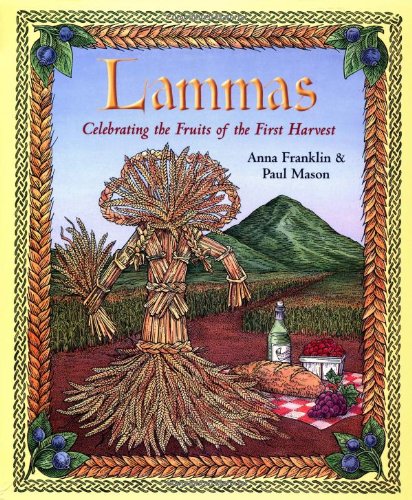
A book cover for Lammas: Celebrating the Fruits of the First Harvest; Anna Franklin; Religion & Spirituality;